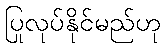
ပြုလုပ်နိုင်မည်ဟု